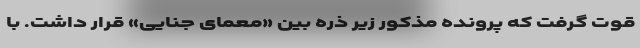
قوت گرفت که پرونده مذکور زیر ذره بین «معمای جنایی» قرار داشت. با